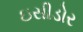
ઇસીડોર